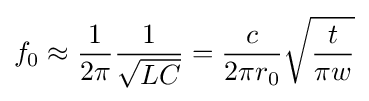
f_{0}\approx {\frac {1}{2\pi }}{\frac {1}{\sqrt {LC}}}={\frac {c}{2\pi r_{0}}}{\sqrt {\frac {t}{\pi w}}}